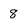
Character: 8